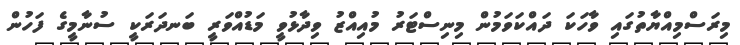
މިރަސްމިއްޔާތުގައި ވާހަކަ ދައްކަވަމުން މިނިސްޓަރު މުއިއްޒު ވިދާޅުވީ މަޑުއްވަރީ ބަނދަރަކީ ސުނާމީގެ ފަހުން